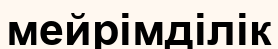
мейрімділік